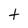
Character: t